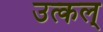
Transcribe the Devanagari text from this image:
उत्कल्